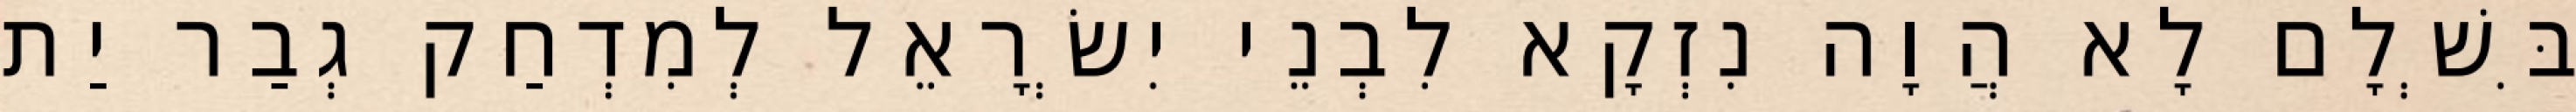
בִּשְׁלָם לָא הֲוָה נִזְקָא לִבְנֵי יִשְׂרָאֵל לְמִדְחַק גְבַר יַת